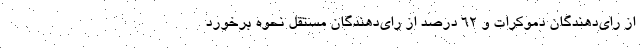
از رای‌دهندگان دموکرات و ۶۲ درصد از رای‌دهندگان مستقل نحوه برخورد